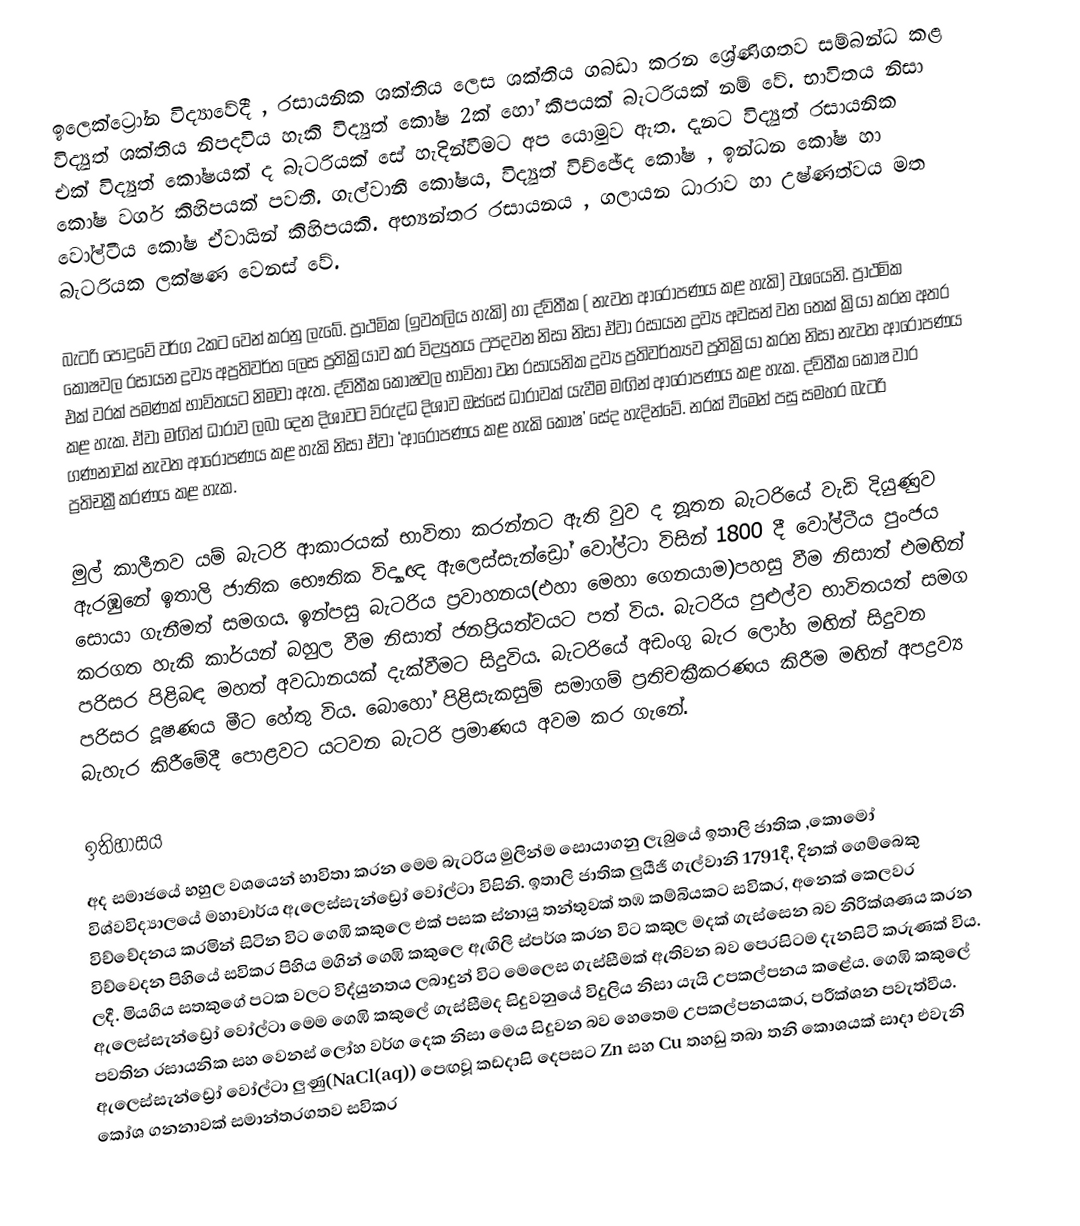
ඉලෙක්ට්‍රෝන විද්‍යාවේදී , රසායනික ශක්තිය ලෙස ශක්තිය ගබඩා කරන ශ්‍රේණිගතව සම්බන්ධ කළ විද්‍යුත් ශක්තිය නිපදවිය හැකි විද්‍යුත් කෝෂ 2ක් හෝ කීපයක් බැටරියක් නම් වේ. භාවිතය නිසා එක් විද්‍යුත් කෝෂයක් ද බැටරියක් සේ හැදින්වීමට අප යොමුව ඇත. දැනට විද්‍යුත් රසායනික කෝෂ වර්ග කිහිපයක් පවතී. ගැල්වානී කෝෂය, විද්‍යුත් විච්ඡේද කෝෂ , ඉන්ධන කෝෂ හා වෝල්ටීය කෝෂ ඒවායින් කිහිපයකි. අභ්‍යන්තර රසායනය , ගලායන ධාරාව හා උෂ්ණත්වය මත බැටරියක ලක්ෂණ වෙනස් වේ.

බැටරි පොදුවේ වර්ග 2කට වෙන් කරනු ලැබේ. ප්‍රාථමික (ඉවතලිය හැකි) හා ද්විතීක ( නැවත ආරෝපණය කළ හැකි) වශයෙනි. ප්‍රාථමික කෝෂවල රසායන ද්‍රව්‍ය අප්‍රතිවර්ත ලෙස ප්‍රතික්‍රියාව කර විද්‍යුතය උපදවන නිසා නිසා ඒවා රසායන ද්‍රව්‍ය අවසන් වන තෙක් ක්‍රියා කරන අතර එක් වරක් පමණක් භාවිතයට නිමවා ඇත. ද්විතීක කෝෂවල භාවිතා වන රසායනික ද්‍රව්‍ය ප්‍රතිවර්ත්‍යව ප්‍රතික්‍රියා කරන නිසා නැවත ආරෝපණය කළ හැක. ඒවා මඟින් ධාරාව ලබා දෙන දිශාවට විරුද්ධ දිශාව ඔස්සේ ධාරාවක් යැවීම මඟින් ආරෝපණය කළ හැක. ද්විතීක කෝෂ වාර ගණනාවක් නැවත ආරෝපණය කළ හැකි නිසා ඒවා ‘ආරෝපණය කළ හැකි කෝෂ’ සේද හැදින්වේ. නරක් වීමෙන් පසු සමහර බැටරි ප්‍රතිචක්‍රීකරණය කළ හැක.

මුල් කාලීනව යම් බැටරි ආකාරයක් භාවිතා කරන්නට ඇති වුව ද නූතන බැටරියේ වැඩි දියුණුව ඇරඹුනේ ඉතාලි ජාතික භෞතික විද්‍යාඥ ඇලෙස්සැන්ඩ්‍රෝ වෝල්ටා විසින් 1800 දී වෝල්ටීය පුංජය සොයා ගැනී‍මත් සමගය. ඉන්පසු බැටරිය ප්‍රවාහනය(එහා මෙහා ගෙනයාම)පහසු වීම නිසාත් එමඟින් කරගත හැකි කාර්යන් බහුල වීම නිසාත් ජනප්‍රියත්වයට පත් විය. බැටරිය පුළුල්ව භාවිතයත් සමග පරිසර පිළිබඳ මහත් අවධානයක් දැක්වීමට සිදුවිය. බැටරියේ අඩංගු බැර ලෝහ මඟින් සිදුවන පරිසර දූෂණය මීට හේතු විය. බොහෝ පිළිසැකසුම් සමාගම් ප්‍රතිචක්‍රීකරණය කිරීම මඟින් අපද්‍රව්‍ය බැහැර කිරීමේදී පොළවට යටවන බැටරි ප්‍රමාණය අවම කර ගැනේ.

ඉතිහාසය
අද සමාජයේ භහුල වශයෙන් භාවිතා කරන මෙම බැටරිය මුලින්ම සොයාගනු ලැබුයේ ඉතාලි ජාතික ,කොමෝ විශ්වවිද්‍යාලයේ මහාචාර්ය ඇලෙස්සැන්ඩ්‍රෝ වෝල්ටා විසිනි. ඉතාලි ජාතික ලුයීජි ගැල්වානි 1791දී, දිනක් ගෙම්බෙකු විච්චේදනය කරමින් සිටින විට ගෙඹි කකුලෙ එක් පසක ස්නායු තන්තුවක් තඹ කම්බියකට සවිකර, අනෙක් කෙලවර විච්චෙදන පිහියේ සවිකර පිහිය මගින් ගෙඹි කකුලෙ ඇඟිලි ස්පර්ශ කරන විට කකුල මදක් ගැස්සෙන බව නිරික්ශණය කරන ලදී. මියගිය සතකුගේ පටක වලට විද්යුනතය ලබාදුන් විට මෙලෙස ගැස්සීමක් ඇතිවන බව පෙරසිටම දැනසිටි කරුණක් විය. ඇලෙස්සැන්ඩ්‍රෝ වෝල්ටා මෙම ගෙඹි කකුලේ ගැස්සීමද සිදුවනුයේ විදුලිය නිසා යැයි උපකල්පනය කළේය. ගෙඹි කකුලේ පවතින රසායනික සහ වෙනස් ලෝහ වර්ග දෙක නිසා මෙය සිදුවන බව හෙතෙම උපකල්පනයකර, පරීක්ශන පවැත්වීය. ඇලෙස්සැන්ඩ්‍රෝ වෝල්ටා ලුණු(NaCl(aq)) පෙඟවූ කඩදාසි දෙපසට Zn සහ Cu තහඩු තබා තනි කොශයක් සාදා එවැනි කෝශ ගනනාවක් සමාන්තරගතව සවිකර